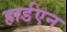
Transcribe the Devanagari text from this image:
हार्डएन